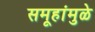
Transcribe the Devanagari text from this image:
समूहांमुळे